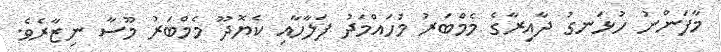
މާފަންނު ހުޅަނގު ދާއިރާގެ މެމްބަރު މުހައްމަދު ފަލާހާއި ކެޔޮދޫ މެމްބަރު މޫސާ ނިޒާރެވެ.